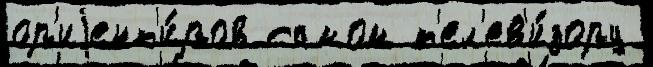
ор'иjент'и́ров самом т'ел'ев'и́зору